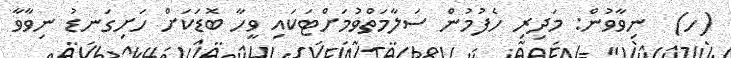
(ހ)  ނިވާވުން: މަދިރި ހެފުމުން ސަލާމަތްވުމަށްޓަކައި ވީހާ ބޮޑަކަށް ހަށިގަނޑު ނިވާވާ